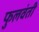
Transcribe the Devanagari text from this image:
फुलवंती